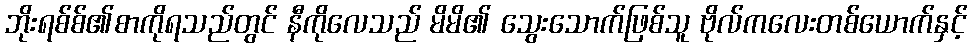
ဘိုးရစ်စ်၏စာကိုရသည်တွင် နီကိုလေသည် မိမိ၏ သွေးသောက်ဖြစ်သူ ဗိုလ်ကလေးတစ်ယောက်နှင့်